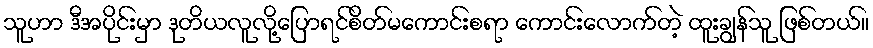
သူဟာ ဒီအပိုင်းမှာ ဒုတိယလူလို့ပြောရင်စိတ်မကောင်းစရာ ကောင်းလောက်တဲ့ ထူးချွန်သူ ဖြစ်တယ်။